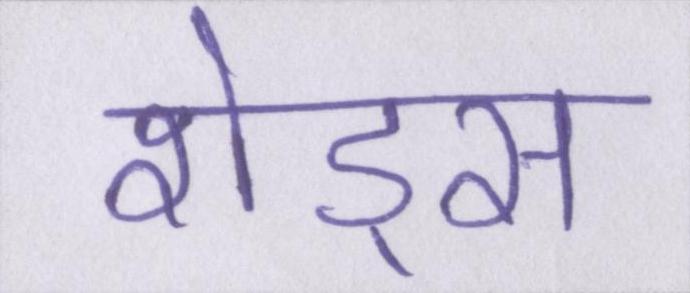
शेड्स